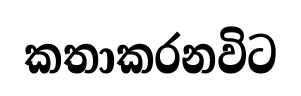
කතාකරනවිට